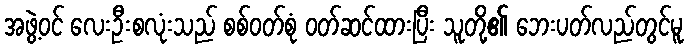
အဖွဲ့ဝင် လေးဦးစလုံးသည် စစ်ဝတ်စုံ ဝတ်ဆင်ထားပြီး သူတို့၏ ဘေးပတ်လည်တွင်မူ